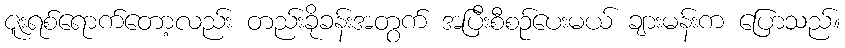
ဇူးရစ်ရောက်တော့လည်း တည်းခိုခန်းအတွက် အပြီးစီစဉ်ပေးမယ် ချားမန်းက ပြောသည်။